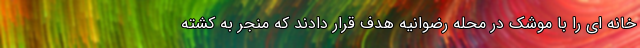
خانه ای را با موشک در محله رضوانیه هدف قرار دادند که منجر به کشته